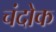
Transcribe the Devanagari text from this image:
चंदोक